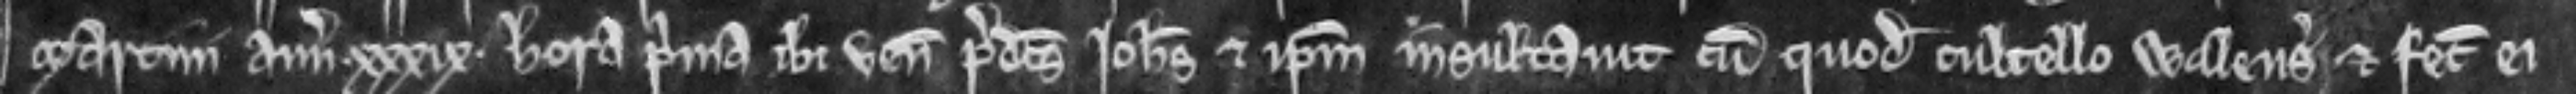
Martini anno xxxix hora prima ibi venit predictus Johannes et ipsum insultavit cum quodam cultello Walens et fecit ei